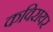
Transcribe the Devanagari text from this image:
कविरायर